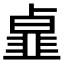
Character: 𩐃